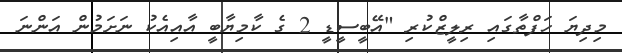
މިދިޔަ ހަފްތާގައި ރިލީޒްކުރި "އޭބީސީޑީ 2 ގެ ކާމިޔާބީ އާއިއެކު ނަށަމުން އަންނަ